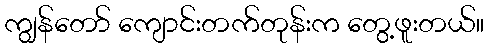
ကျွန်တော် ကျောင်းတက်တုန်းက တွေ့ဖူးတယ်။